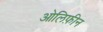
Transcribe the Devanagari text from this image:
ओलिफ़ीन